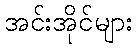
အင်းအိုင်များ